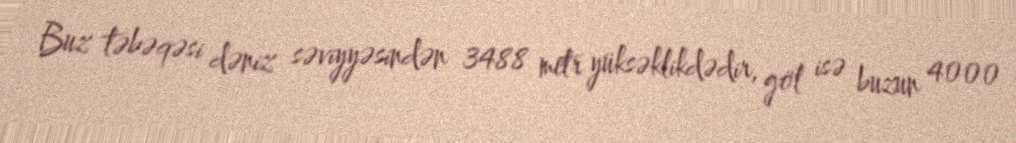
Buz təbəqəsi dəniz səviyyəsindən 3488 metr yüksəklikdədir, göl isə buzun 4000